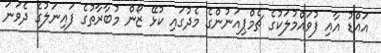
އައްޑު އާއި ފުވައްމުލަކުގެ ޗެމްޕިއަނުންގެ މެދުގައި ކުޅޭ ޒޯން މުބާރާތުގެ ފައިނަލުގެ ދެވަނަ